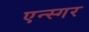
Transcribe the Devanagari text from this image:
एन्स्गर